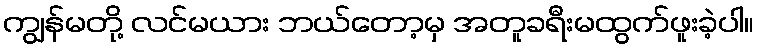
ကျွန်မတို့ လင်မယား ဘယ်တော့မှ အတူခရီးမထွက်ဖူးခဲ့ပါ။